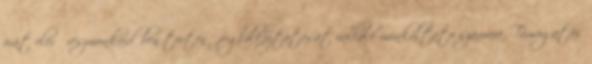
órát elérő részmunkaidőben történő foglalkoztatását vállaló munkáltató számára. Támogatás